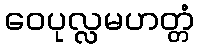
ဝေပုလ္လမဟတ္တံ